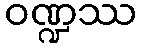
ဝဏ္ဍဿ